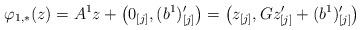
LaTeX: \begin{align*}\varphi_{1,*}(z) = A^1 z + \big(0_{[j]}, (b^1)'_{[j]}\big) = \big(z_{[j]}, Gz'_{[j]} + (b^1)'_{[j]}\big)\end{align*}